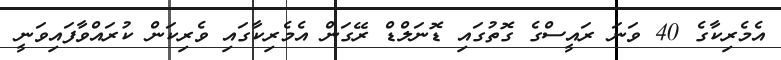
އެމެރިކާގެ 40 ވަނަ ރައީސްގެ ގޮތުގައި ޑޮނަލްޑް ރޭގަން އެމެރިކާގައި ވެރިކަން ކުރައްވާފައިވަނީ